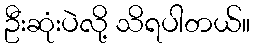
ဦးဆုံးပဲလို့ သိရပါတယ်။